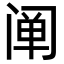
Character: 阐